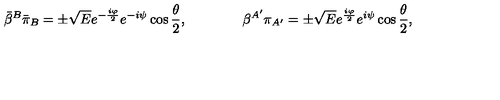
{ \bar { \beta } } ^ { B } { \bar { \pi } } _ { B } = \pm { \sqrt E } e ^ { - { \frac { i \varphi } { 2 } } } e ^ { - i \psi } \cos { \frac { \theta } { 2 } } , \qquad \qquad \beta ^ { A ^ { \prime } } \pi _ { A ^ { \prime } } = \pm { \sqrt E } e ^ { { \frac { i \varphi } { 2 } } } e ^ { i \psi } \cos { \frac { \theta } { 2 } } ,